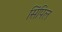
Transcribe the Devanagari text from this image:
सिंपिल